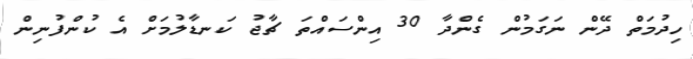
ހިދުމަތް ދޭން ނަގަމުން ގެންދާ 30 އިންސައްތަ ޗާޖު ކަނޑާލުމަށް އެ ކުންފުނިން